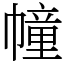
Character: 幢